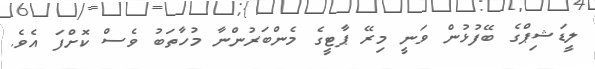
ލީޑަޝިޕްގެ ބޭފުޅުން ވަނީ މިރޭ ޕާޓީގެ މެންބަރުންނާ މުހާތަބު ވެސް ކޮށްފަ އެވެ.